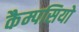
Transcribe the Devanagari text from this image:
कैम्पसियो